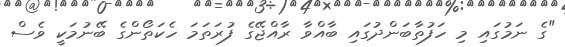
"ގެ ނަމުގައި މި ހަފުތާބަންދުގައި ބާއްވާ ރާއްޖޭގެ ފުރަތަމަ ހެކަތޯންގެ ބޭނުމަކީ ވެސް